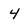
Character: 4